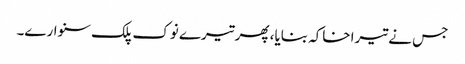
جس نے تیرا خاکہ بنایا، پھر تیرے نوک پلک سنوارے۔